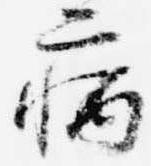
病